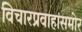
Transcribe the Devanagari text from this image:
विचारप्रवाहांसमोर